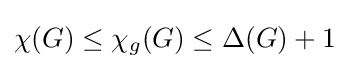
\chi (G)\leq \chi _{g}(G)\leq \Delta (G)+1